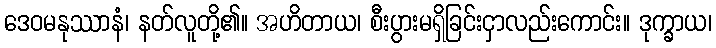
ဒေဝမနုဿာနံ၊ နတ်လူတို့၏။ အဟိတာယ၊ စီးပွားမရှိခြင်းငှာလည်းကောင်း။ ဒုက္ခာယ၊